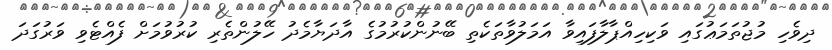
ދިވެހި މުޖުތަމަޢުގައި ވަކިހިއްޕާލާފައިވާ އަމަލުވާތަކެތި ބޭނުންކުރުމުގެ އާދަޔާމެދު ހޭލުންތެރި ކުރުވުމަށް ފެއްޓެވި ވަރުގަދަ